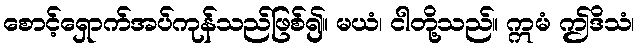
စောင့်ရှောက်အပ်ကုန်သည်ဖြစ်၍။ မယံ၊ ငါတို့သည်။ ဣမံ ဤဒိသံ၊